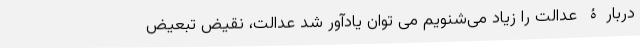
دربارۀ عدالت را زیاد می‌شنویم می توان یادآور شد عدالت، نقیض تبعیض